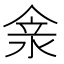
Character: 𠊺